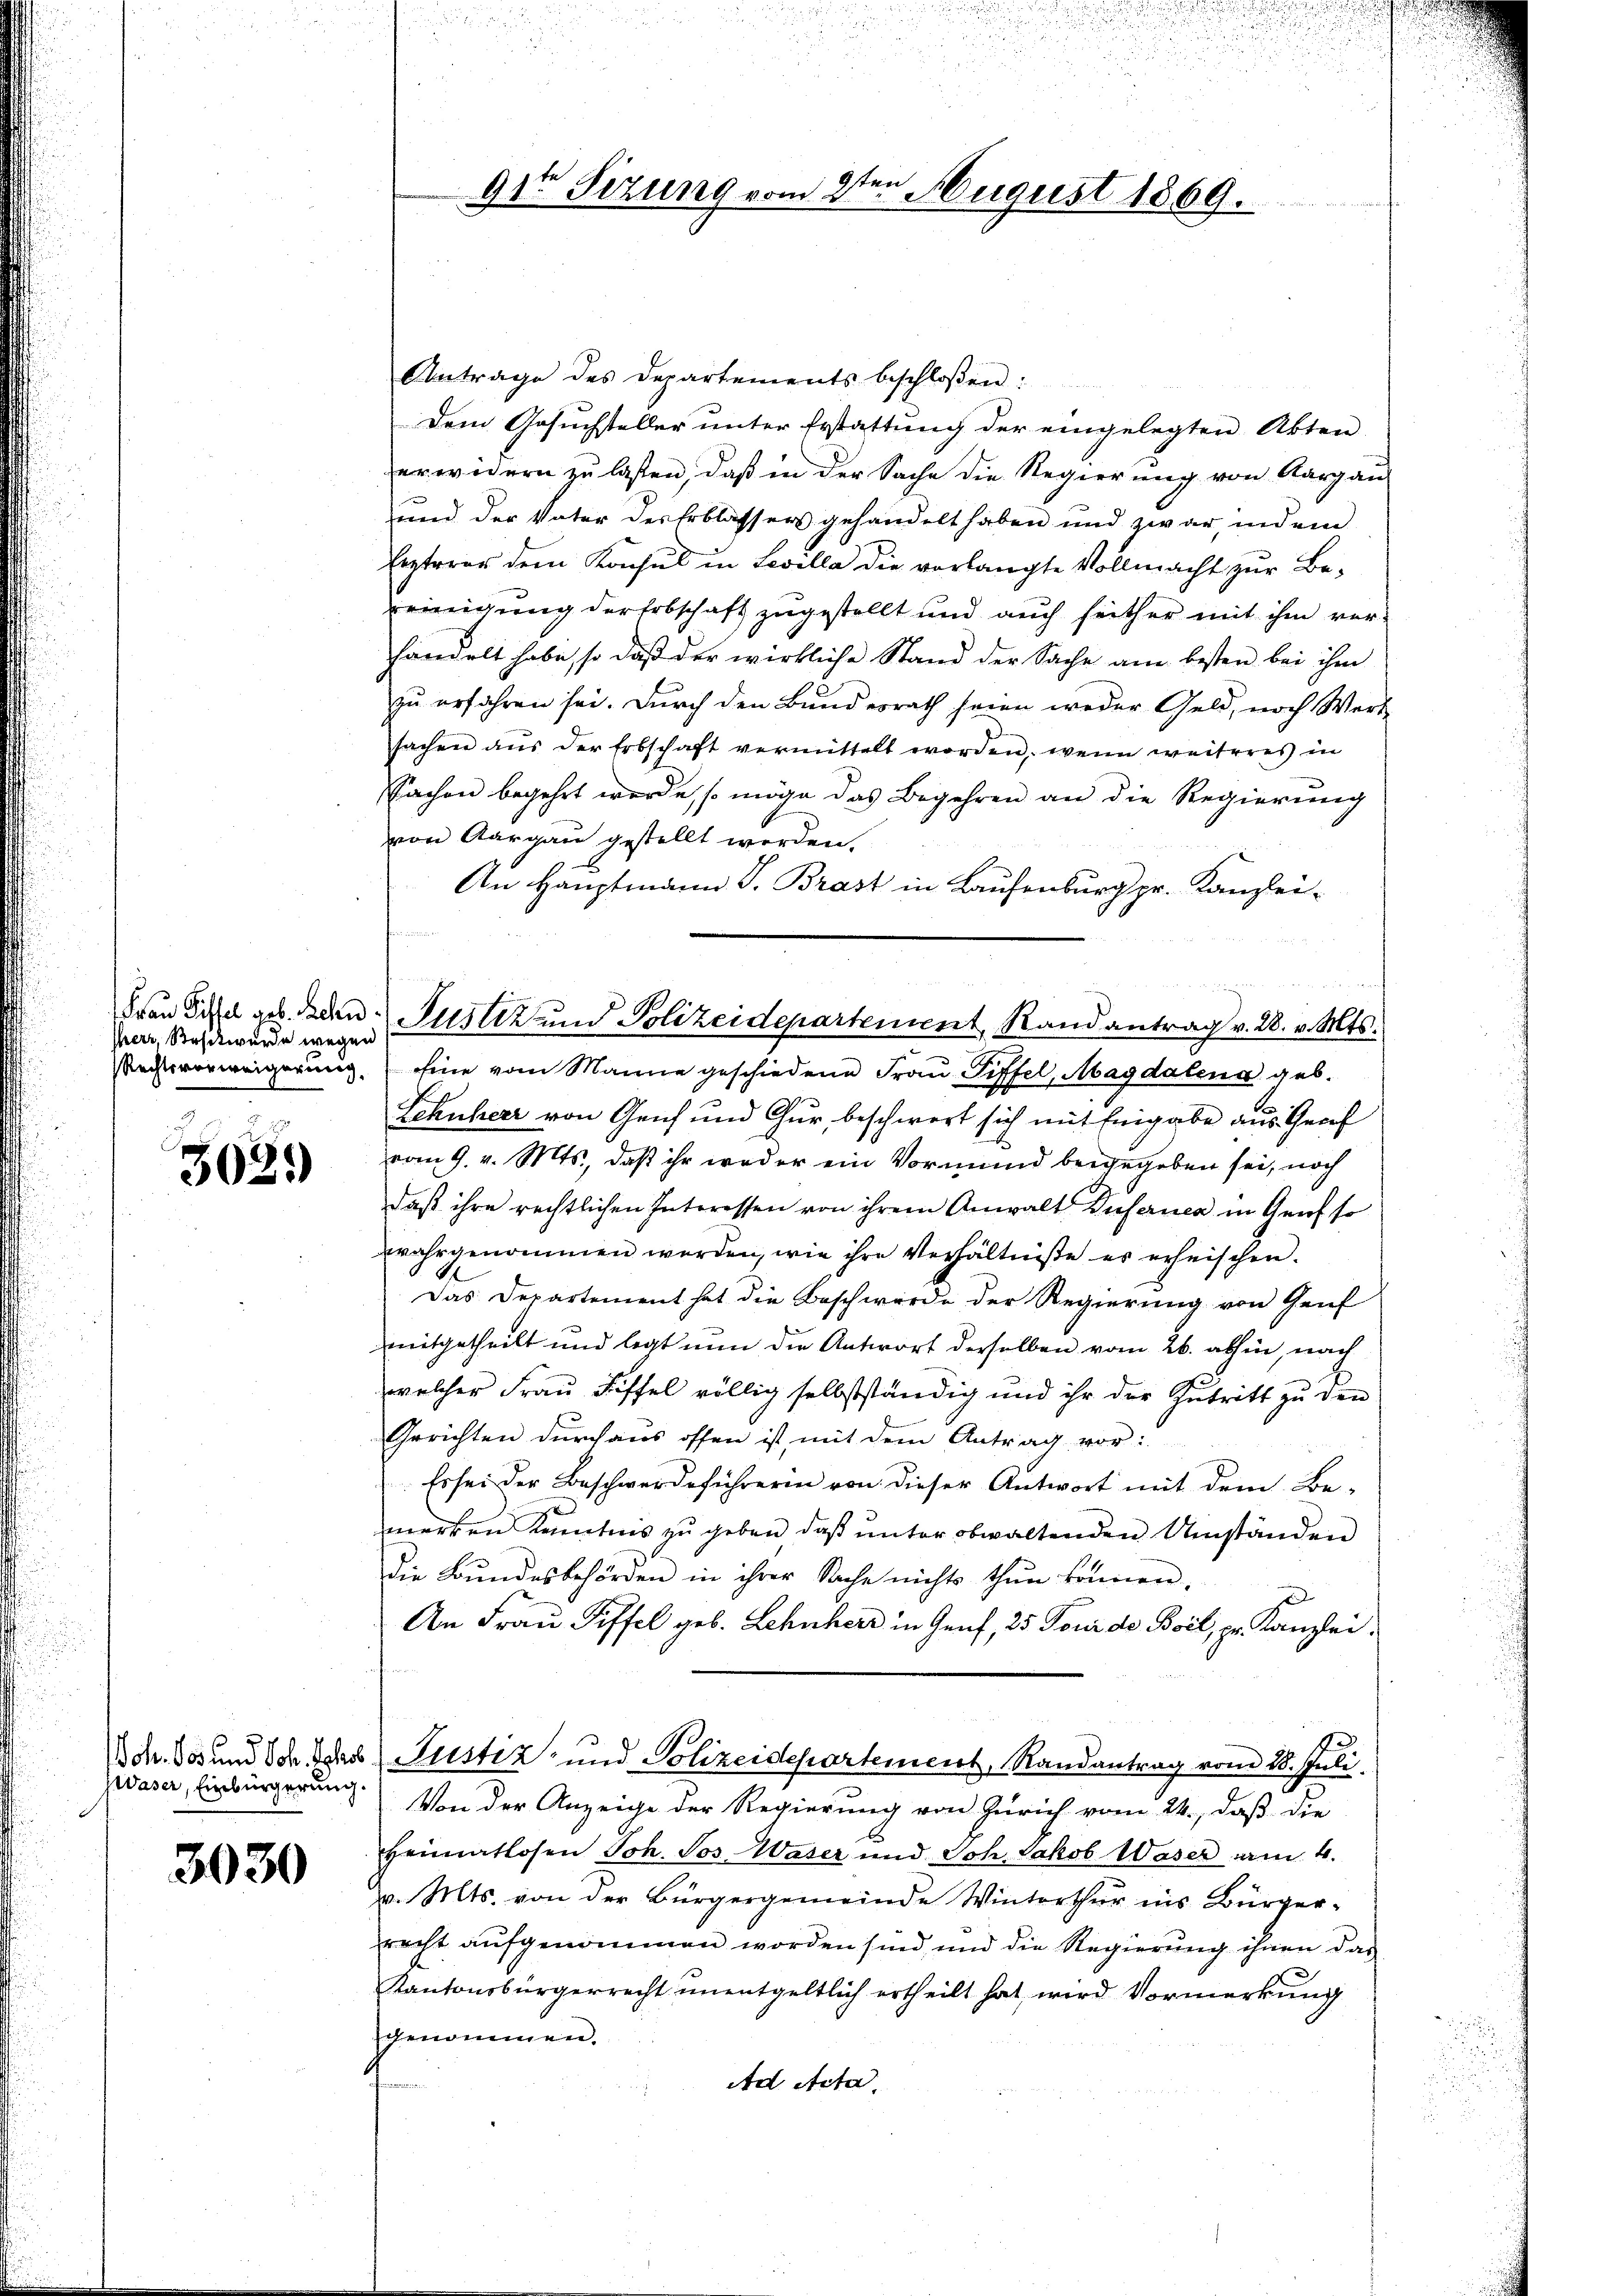
sherr Beschwurde wegen

3031)

ZWaser, Einbürgerung.

3030

Antrage des Departements beschlossen:
Dem Gesuchsteller unter Erstattung der eingelegten Akten
erwidern zu lassen, daß in der Sache die Regierung von Aargau
und der Vater des Erblassers gehandelt haben und zwar, indem
lezteres dem Konsul in Levilla die vorlangte Vollmacht zur Be-
eeinigung derErbschaft zugestellt und auch seither mit ihm verhandelt habe, so daß der wirkliche Stand der Sache am besten bei ihm
zu erfahren sei. Durch den Bundesrath seien weder Geld, noch Wert
sachen aus der Erbschaft vermittelt worden, wenn weiteres in
Sachen begehrt werde, so möge das Begehren an die Regierung
von Aargau gestellt werden.
An Hauptmann J. Brast in Laufenburg pr. Kanzlei-

e
91te Sitzung vom 2ten August 1869.

Frau Titel geb. Bern Justiz und Polizeidepartement, Randantrag v. 28. v. Mts.

Reitsverweigerung. Eine vom Manne geschiedene Frau Piffel, Magdalena geb.
Schuherr von Genf und Chur, beschwert sich mit Eingabe aus Graf
vom 9. v. Mts., daß ihr weder ein Vormund beigegeben sei, noch
daß ihre rechtlichen Interessen von ihrem Anwalt Duferner in Genf so
wahrgenommen werden, wie ihre Verhältniße er erheischen.
Das Departement hat die Beschwerde der Regierung von Genf
mitgetheilt und legt nun die Antwort derselben vom 26. abhin, nach
welcher Frau Riffel völlig selbstständig und ihr der Zutritt zu den
Gerichten durchaus offen ist, mit dem Antrag vor:
. Es sei der Beschwerdeführerin von dieser Antwort mit dem Be-
merken Kenntnis zu geben, daß unter obwaltenden Umständen
die Bundesbehörden in ihrer Sache nichts thun können.
An Frau Piffel geb. Lehnherr in Genf, 25 Tour de Boil, pr. Kanzlei-
Ich. Dos und Sch. der Justiz- und Polizeidepartement, Randantrag vom 28. Juli.
Von der Anzeige der Regierung von Zürich vom 24., daß die
Heimatlosen Joh. Jos. Waser und Joh. Jakob Waser am 4.
v. Mts. von der Bürgergemeinde Winterthur ins Bürger-
recht aufgenommen worden sind, und die Regierung ihnen das
Kantonsbürgerrecht unentgeltlich ertheilt hat, wird Vormerkung
genommen.
Ad Acta.